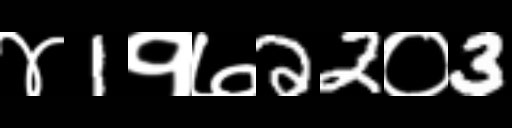
Text: ४1१७22०3